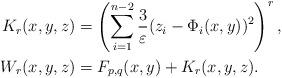
LaTeX: \begin{align*} K_r(x,y,z) &= \left( \sum_{i=1}^{n-2} \frac{3}{\varepsilon} (z_i - \Phi_i(x,y))^2 \right)^r,\\ W_r(x,y,z) &= F_{p,q}(x,y) + K_r(x,y,z).\end{align*}